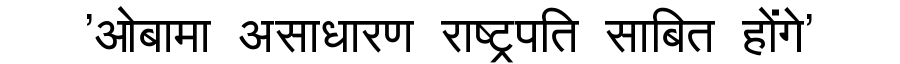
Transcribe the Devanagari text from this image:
'ओबामा असाधारण राष्ट्रपति साबित होंगे'